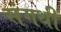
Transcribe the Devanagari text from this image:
संगथी